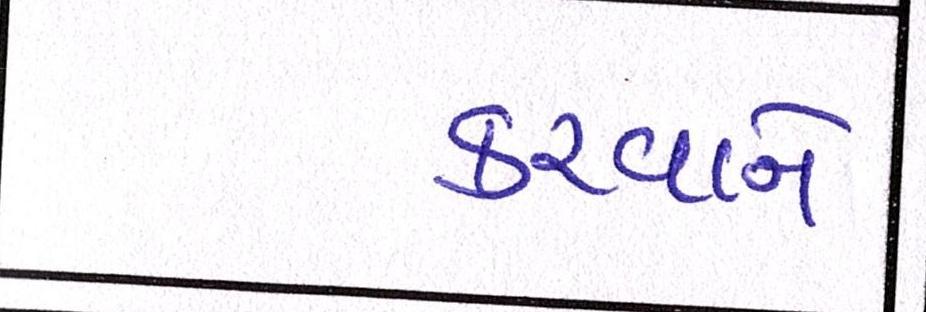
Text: કરવાને